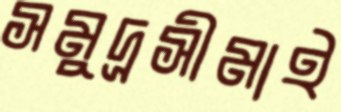
সমুদ্রসীমাই